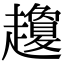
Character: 𧾣